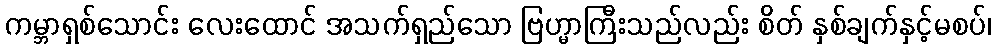
ကမ္ဘာရှစ်သောင်း လေးထောင် အသက်ရှည်သော ဗြဟ္မာကြီးသည်လည်း စိတ် နှစ်ချက်နှင့်မစပ်၊